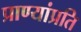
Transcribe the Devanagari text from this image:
प्राण्यांप्रति